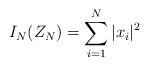
LaTeX: \begin{align*}I_N (Z_N) = \sum_{i=1}^N |x_i|^2\end{align*}